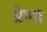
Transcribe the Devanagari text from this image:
प्रेणा